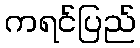
ကရင်ပြည်